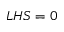
L H S = 0